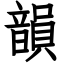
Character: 韻